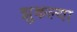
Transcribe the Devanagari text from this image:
झुकल्या